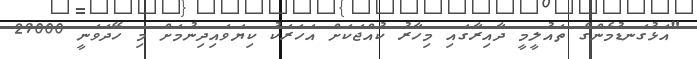
"އަޅުގަނޑުމެންގެ ތައުލީމީ ދާއިރާގައި މިހާރު ކުއްޖަކަށް އަހަރަކު ކިޔަވައިދިނުމަށް މި ހޭދަވަނީ 29000